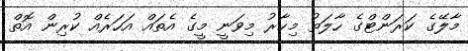
މާލޭގެ ކަރަންޓްގެ ހާލަތު މިހާރު މިވަނީ މީގެ އެތައް އަހަރެއް ކުރިން އޮތް